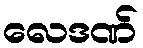
လေဒဏ်